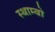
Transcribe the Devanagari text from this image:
स्थाम्बो